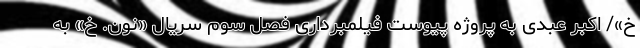
خ»/ اکبر عبدی به پروژه پیوست فیلمبرداری فصل سوم سریال «نون. خ» به